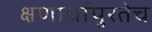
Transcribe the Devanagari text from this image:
क्षणार्धापुरतेच